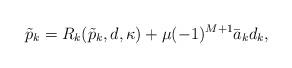
LaTeX: \begin{align*}\tilde p_k= R_k(\tilde p_k, d, \kappa) + \mu (-1)^{M+1} \bar a_k d_k,\end{align*}